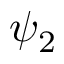
\psi _ { 2 }